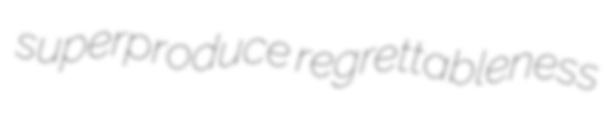
superproduce regrettableness